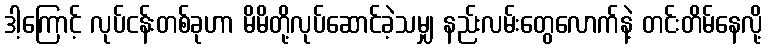
ဒါ့ကြောင့် လုပ်ငန်းတစ်ခုဟာ မိမိတို့လုပ်ဆောင်ခဲ့သမျှ နည်းလမ်းတွေလောက်နဲ့ တင်းတိမ်နေလို့